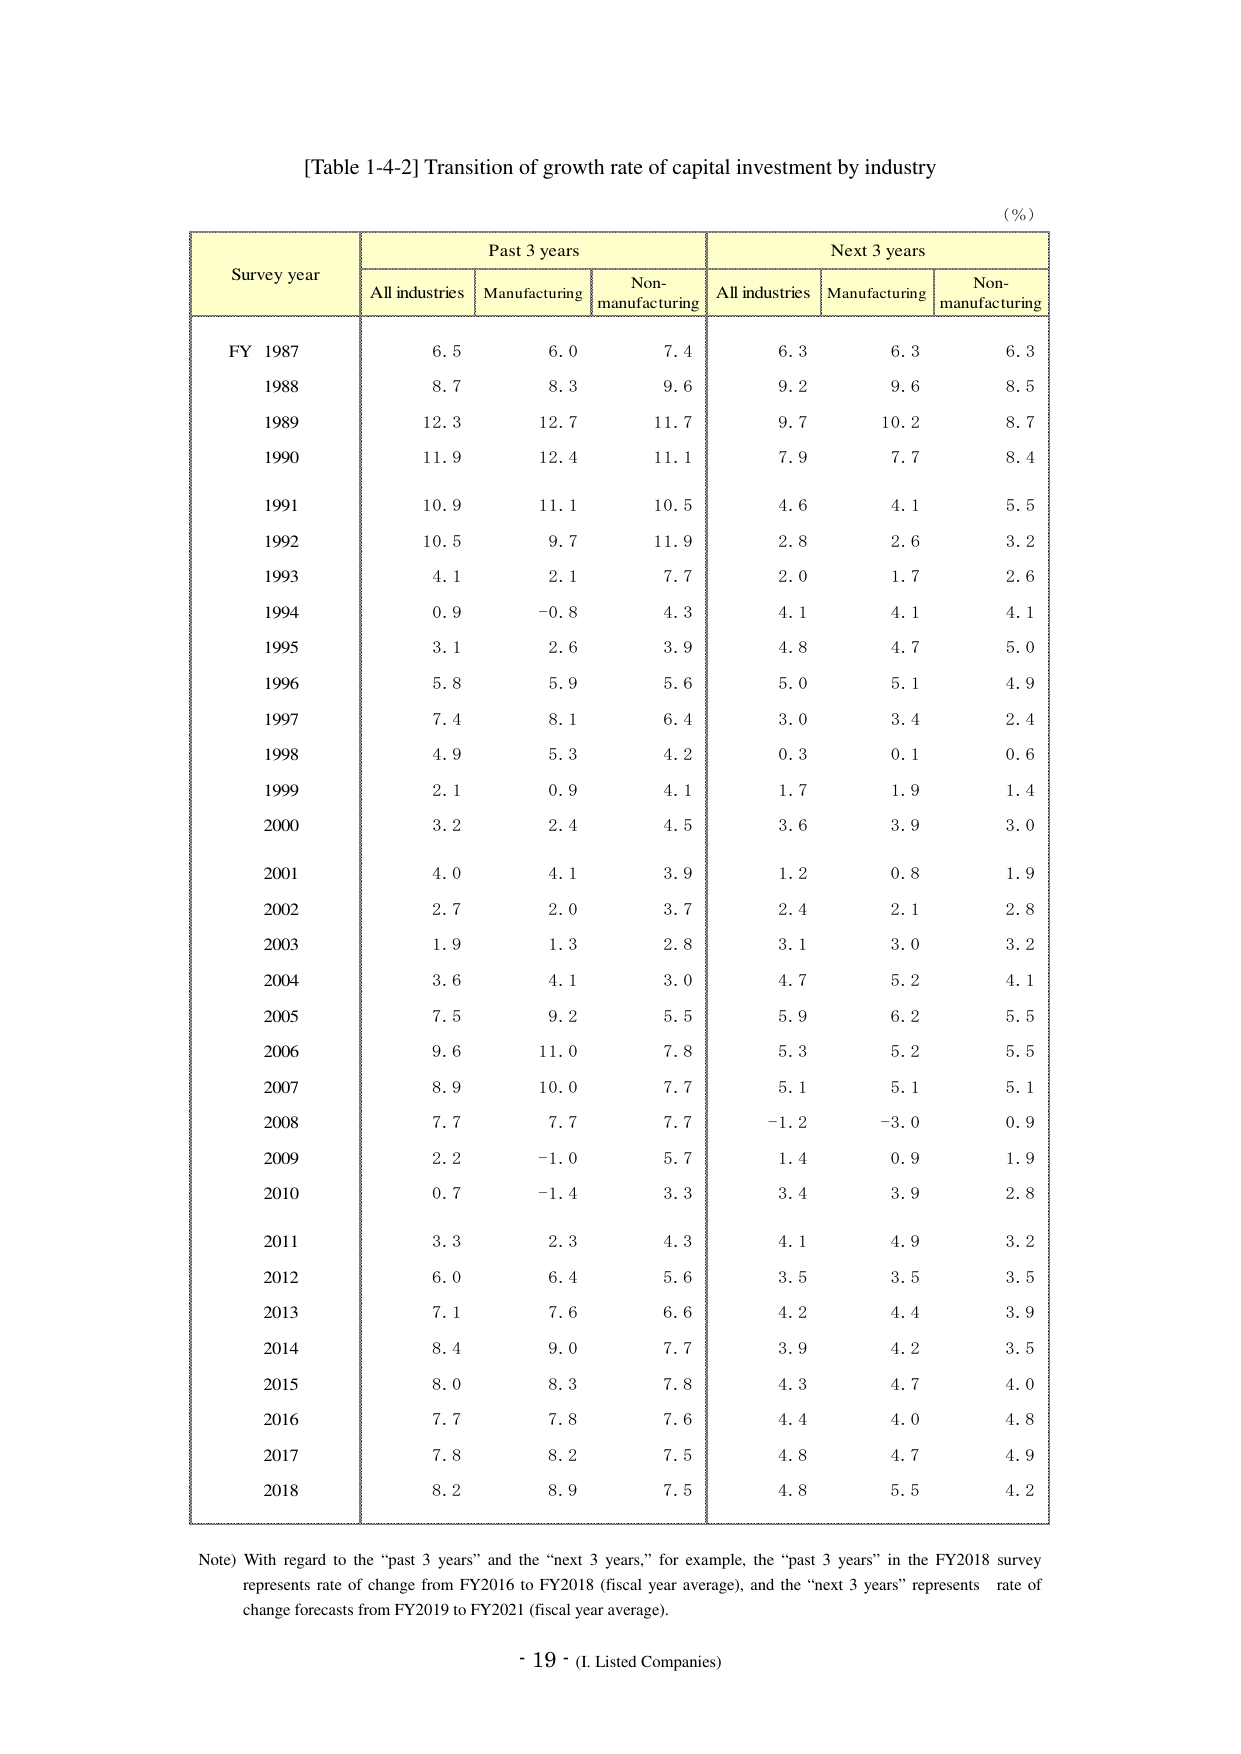
[Table 1-4-2] Transition of growth rate of capital investment by industry
(%)

Survey year | Past 3 years | Next 3 years
--- | --- | ---
 | All industries | Manufacturing | Non-manufacturing | All industries | Manufacturing | Non-manufacturing

FY 1987 | 6.5 | 6.0 | 7.4 | 6.3 | 6.3 | 6.3
1988 | 8.7 | 8.3 | 9.6 | 9.2 | 9.6 | 8.5
1989 | 12.3 | 12.7 | 11.7 | 9.7 | 10.2 | 8.7
1990 | 11.9 | 12.4 | 11.1 | 7.9 | 7.7 | 8.4
1991 | 10.9 | 11.1 | 10.5 | 4.6 | 4.1 | 5.5
1992 | 10.5 | 9.7 | 11.9 | 2.8 | 2.6 | 3.2
1993 | 4.1 | 2.1 | 7.7 | 2.0 | 1.7 | 2.6
1994 | 0.9 | -0.8 | 4.3 | 4.1 | 4.1 | 4.1
1995 | 3.1 | 2.6 | 3.9 | 4.8 | 4.7 | 5.0
1996 | 5.8 | 5.9 | 5.6 | 5.0 | 5.1 | 4.9
1997 | 7.4 | 8.1 | 6.4 | 3.0 | 3.4 | 2.4
1998 | 4.9 | 5.3 | 4.2 | 0.3 | 0.1 | 0.6
1999 | 2.1 | 0.9 | 4.1 | 1.7 | 1.9 | 1.4
2000 | 3.2 | 2.4 | 4.5 | 3.6 | 3.9 | 3.0
2001 | 4.0 | 4.1 | 3.9 | 1.2 | 0.8 | 1.9
2002 | 2.7 | 2.0 | 3.7 | 2.4 | 2.1 | 2.8
2003 | 1.9 | 1.3 | 2.8 | 3.1 | 3.0 | 3.2
2004 | 3.6 | 4.1 | 3.0 | 4.7 | 5.2 | 4.1
2005 | 7.5 | 9.2 | 5.5 | 5.9 | 6.2 | 5.5
2006 | 9.6 | 11.0 | 7.8 | 5.3 | 5.2 | 5.5
2007 | 8.9 | 10.0 | 7.7 | 5.1 | 5.1 | 5.1
2008 | 7.7 | 7.7 | 7.7 | -1.2 | -3.0 | 0.9
2009 | 2.2 | -1.0 | 5.7 | 1.4 | 0.9 | 1.9
2010 | 0.7 | -1.4 | 3.3 | 3.4 | 3.9 | 2.8
2011 | 3.3 | 2.3 | 4.3 | 4.1 | 4.9 | 3.2
2012 | 6.0 | 6.4 | 5.6 | 3.5 | 3.5 | 3.5
2013 | 7.1 | 7.6 | 6.6 | 4.2 | 4.4 | 3.9
2014 | 8.4 | 9.0 | 7.7 | 3.9 | 4.2 | 3.5
2015 | 8.0 | 8.3 | 7.8 | 4.3 | 4.7 | 4.0
2016 | 7.7 | 7.8 | 7.6 | 4.4 | 4.0 | 4.8
2017 | 7.8 | 8.2 | 7.5 | 4.8 | 4.7 | 4.9
2018 | 8.2 | 8.9 | 7.5 | 4.8 | 5.5 | 4.2

Note) With regard to the “past 3 years” and the “next 3 years,” for example, the “past 3 years” in the FY2018 survey represents rate of change from FY2016 to FY2018 (fiscal year average), and the “next 3 years” represents rate of change forecasts from FY2019 to FY2021 (fiscal year average).

- 19 - (I. Listed Companies)